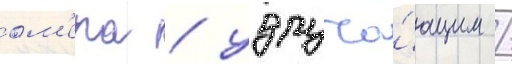
ом'ера / удруча́ющим /